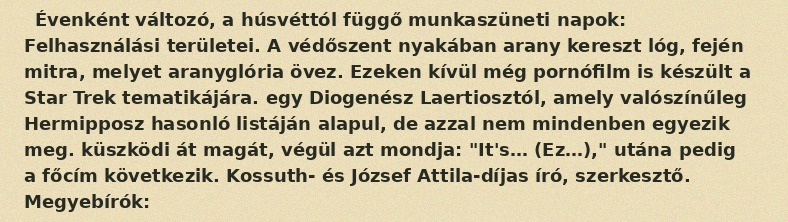
Évenként változó, a húsvéttól függő munkaszüneti napok: Felhasználási területei. A védőszent nyakában arany kereszt lóg, fején mitra, melyet aranyglória övez. Ezeken kívül még pornófilm is készült a Star Trek tematikájára. egy Diogenész Laertiosztól, amely valószínűleg Hermipposz hasonló listáján alapul, de azzal nem mindenben egyezik meg. küszködi át magát, végül azt mondja: "It's… (Ez…)," utána pedig a főcím következik. Kossuth- és József Attila-díjas író, szerkesztő. Megyebírók: